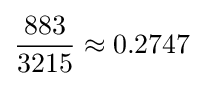
{\frac {883}{3215}}\approx 0.2747